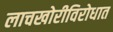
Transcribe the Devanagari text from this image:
लाचखोरीविरोधात